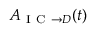
A _ { \mathrm { ~ I ~ C ~ } \rightarrow D } ( t )